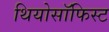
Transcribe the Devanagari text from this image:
थियोसॉफिस्ट